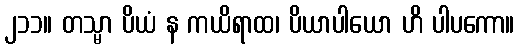
၂၁၁။ တသ္မာ ပိယံ န ကယိရာထ၊ ပိယာပါယော ဟိ ပါပကော။